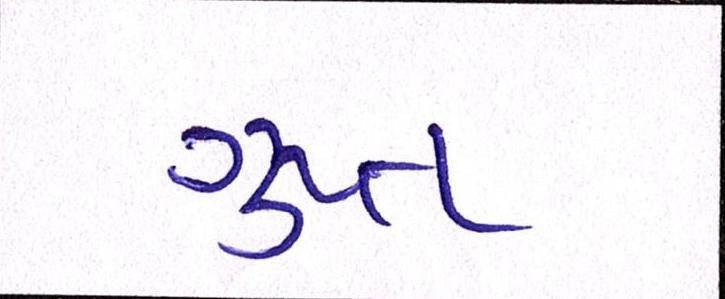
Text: ગુપ્ત